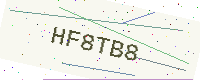
Text: HF8TB8